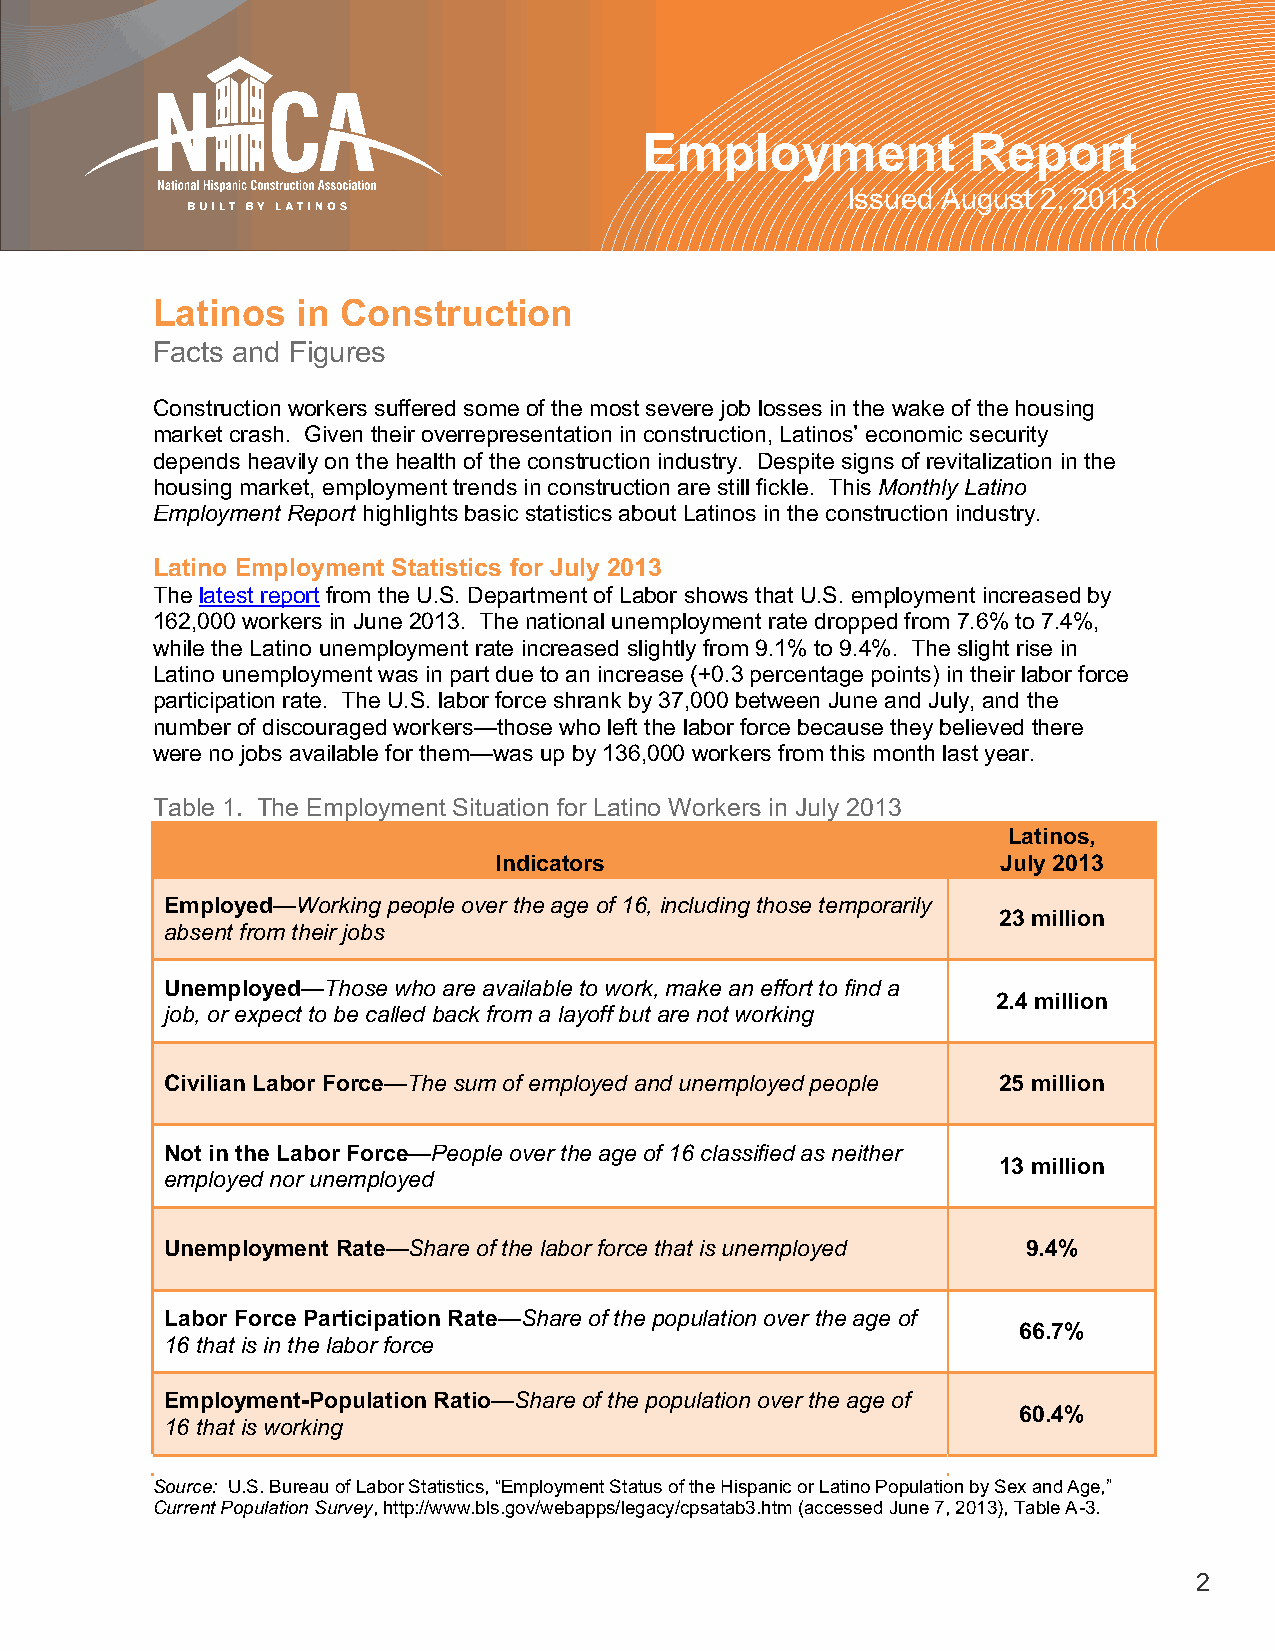
Employment           Report
 Issued August 2, 2013
 Latinos   in Construction
 Facts and Figures
 Construction workers suffered some of the most severe job losses in the wake of the housing
 market crash. Given their overrepresentation in construction, Latinos’ economic security
 depends heavily on the health of the construction industry. Despite signs of revitalization in the
 housing market, employment trends in construction are still fickle. This Monthly Latino
 Employment Report highlights basic statistics about Latinos in the construction industry.
 Latino Employment Statistics for July 2013
 The latest report from the U.S. Department of Labor shows that U.S. employment increased by
 162,000 workers in June 2013. The national unemployment rate dropped from 7.6% to 7.4%,
 while the Latino unemployment rate increased slightly from 9.1% to 9.4%. The slight rise in
 Latino unemployment was in part due to an increase (+0.3 percentage points) in their labor force
 participation rate. The U.S. labor force shrank by 37,000 between June and July, and the
 number of discouraged workers—those who left the labor force because they believed there
 were no jobs available for them—was up by 136,000 workers from this month last year.
 Table 1. The Employment Situation for Latino Workers in July 2013
 Latinos,
 Indicators                       July 2013
 Employed—Working people over the age of 16, including those temporarily
 23 million
 absent from their jobs
 Unemployed—Those who are available to work, make an effort to find a
 2.4 million
 job, or expect to be called back from a layoff but are not working
 Civilian Labor Force—The sum of employed and unemployed people 25 million
 Not in the Labor Force—People over the age of 16 classified as neither
 13 million
 employed nor unemployed
 Unemployment Rate—Share of the labor force that is unemployed 9.4%
 Labor Force Participation Rate—Share of the population over the age of
 66.7%
 16 that is in the labor force
 Employment-Population Ratio—Share of the population over the age of
 60.4%
 16 that is working
 Source: U.S. Bureau of Labor Statistics, “Employment Status of the Hispanic or Latino Population by Sex and Age,”
 Current Population Survey, http://www.bls.gov/webapps/legacy/cpsatab3.htm (accessed June 7, 2013), Table A-3.
 2